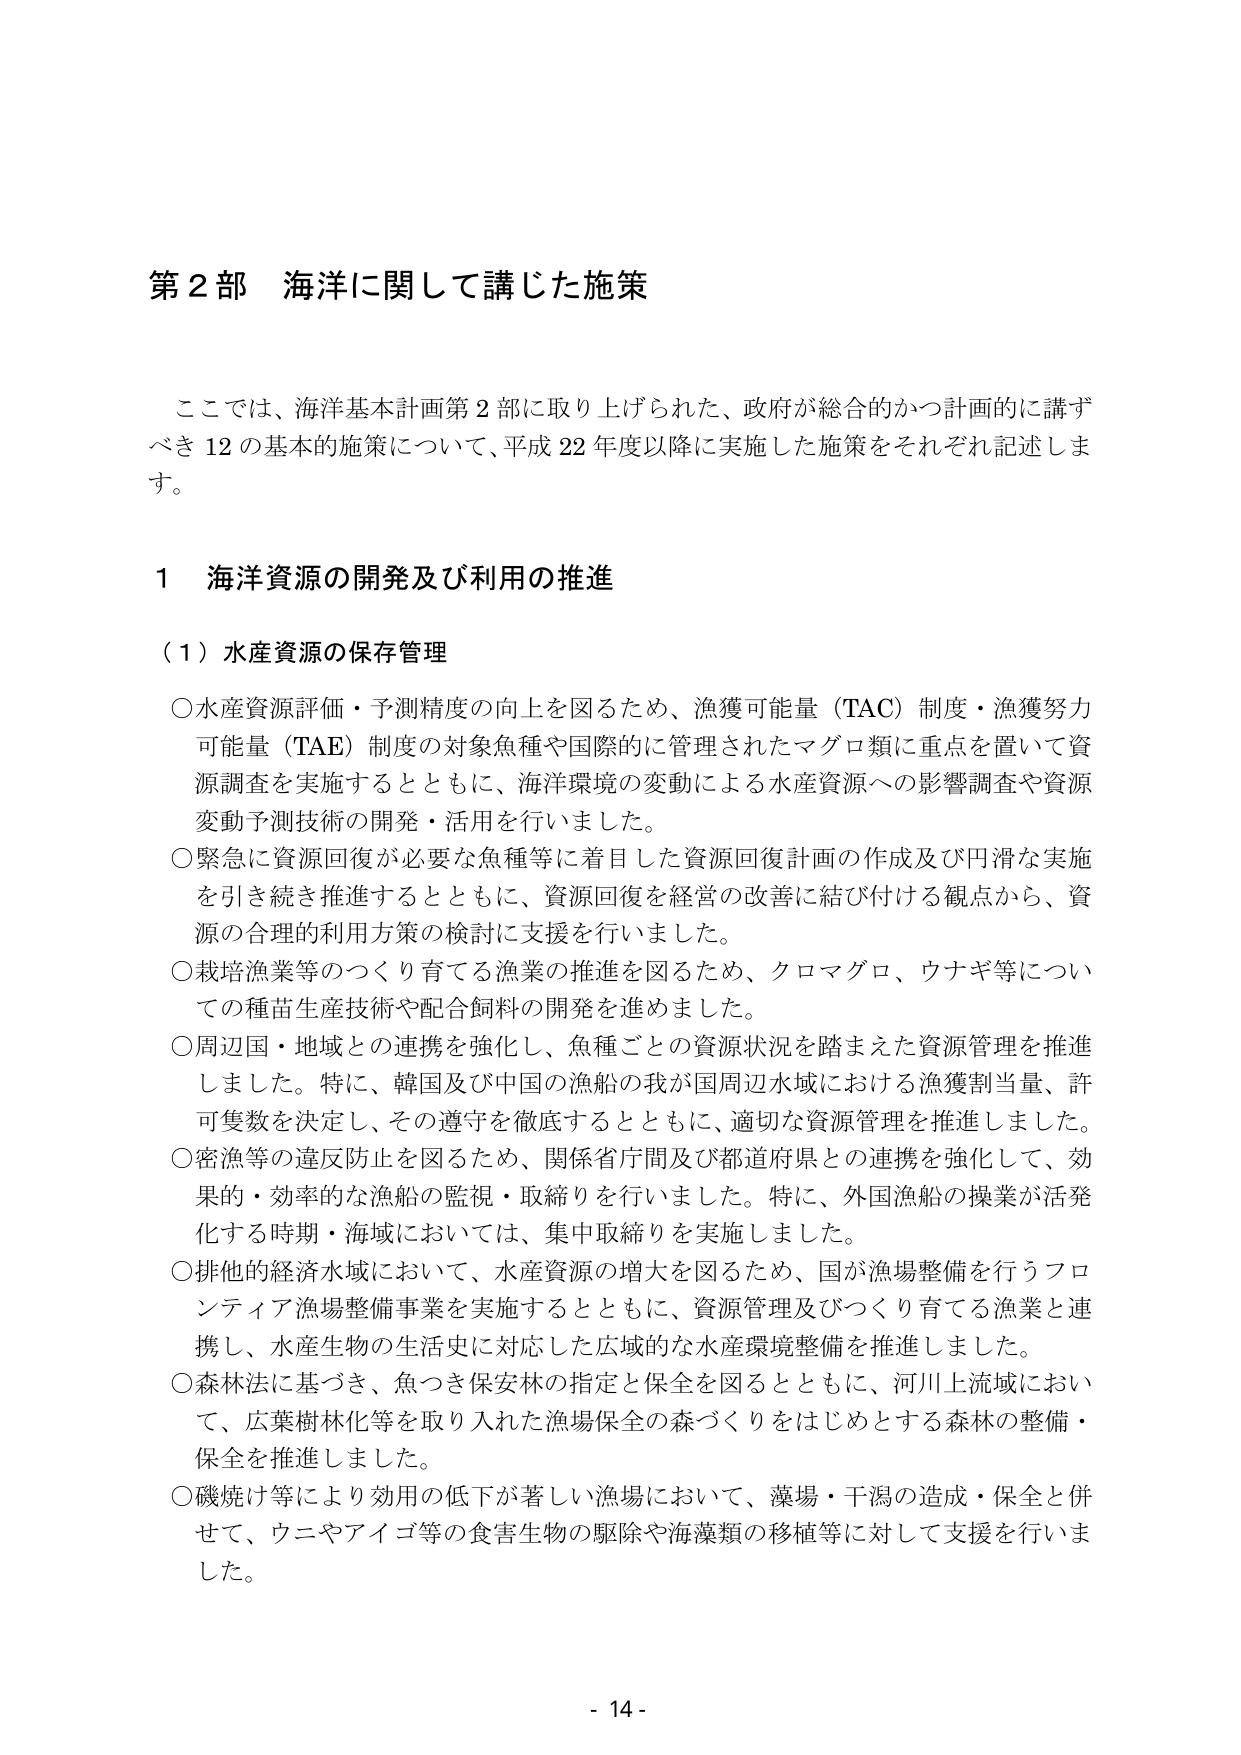
第２部 海洋に関して講じた施策

ここでは、海洋基本計画第２部に取り上げられた、政府が総合的かつ計画的に講ずべき12の基本的施策について、平成22年度以降に実施した施策をそれぞれ記述します。

１ 海洋資源の開発及び利用の推進

（１）水産資源の保存管理

○水産資源評価・予測精度の向上を図るため、漁獲可能量（TAC）制度・漁獲努力可能量（TAE）制度の対象魚種や国際的に管理されたマグロ類に重点を置いて資源調査を実施するとともに、海洋環境の変動による水産資源への影響調査や資源変動予測技術の開発・活用を行いました。

○緊急に資源回復が必要な魚種等に着目した資源回復計画の作成及び円滑な実施を引き続き推進するとともに、資源回復を経営の改善に結び付ける観点から、資源の合理的利用方策の検討に支援を行いました。

○栽培漁業等のつくり育てる漁業の推進を図るため、クロマグロ、ウナギ等についての種苗生産技術や配合飼料の開発を進めました。

○周辺国・地域との連携を強化し、魚種ごとの資源状況を踏まえた資源管理を推進しました。特に、韓国及び中国の漁船の我が国周辺水域における漁獲割当量、許可隻数を決定し、その遵守を徹底するとともに、適切な資源管理を推進しました。

○密漁等の違反防止を図るため、関係省庁間及び都道府県との連携を強化して、効果的・効率的な漁船の監視・取締りを行いました。特に、外国漁船の操業が活発化する時期・海域においては、集中取締りを実施しました。

○排他的経済水域において、水産資源の増大を図るため、国が漁場整備を行うフロンティア漁場整備事業を実施するとともに、資源管理及びつくり育てる漁業と連携し、水産生物の生活史に対応した広域的な水産環境整備を推進しました。

○森林法に基づき、魚つき保安林の指定と保全を図るとともに、河川上流域において、広葉樹林化等を取り入れた漁場保全の森づくりをはじめとする森林の整備・保全を推進しました。

○磯焼け等により効用の低下が著しい漁場において、藻場・干潟の造成・保全と併せて、ウニやアイゴ等の食害生物の駆除や海藻類の移植等に対して支援を行いました。

- 14 -